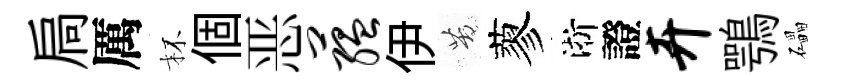
扃厲杯個恶蕴伊苦蓼淅證卉鶚礧